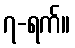
၇-ရက်။